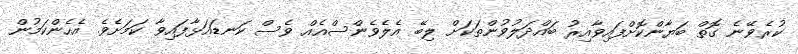
ކުރެވޭނެ ގޮތް ބަޔާންކޮށްފައިވާއިރު ބައްދަލުވުންތަކަށް ލިބޭ އެލެވެންސްއެއް ވެސް ކަނޑައަޅާފައިވާ ކަމަށެވެ. އެހެންކަމުން